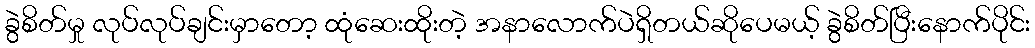
ခွဲစိတ်မှု လုပ်လုပ်ချင်းမှာတော့ ထုံဆေးထိုးတဲ့ အနာလောက်ပဲရှိတယ်ဆိုပေမယ့် ခွဲစိတ်ပြီးနောက်ပိုင်း